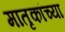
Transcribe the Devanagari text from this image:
मातृकांच्या